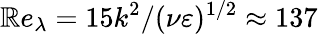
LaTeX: \mathbb{R}e_{\lambda}=15k^{2}/(\nu\varepsilon)^{1/2}\approx137